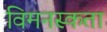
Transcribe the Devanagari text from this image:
विमनस्कता